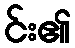
င်း၏